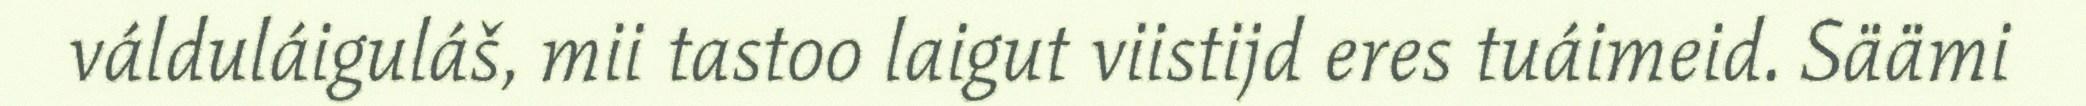
válduláiguláš, mii tastoo laigut viistijd eres tuáimeid. Säämi